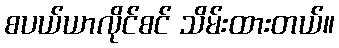
စပယ်ယာလိုင်စင် သိမ်းထားတယ်။